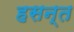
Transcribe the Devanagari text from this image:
हसन्त